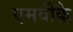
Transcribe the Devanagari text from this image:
एमवीके